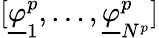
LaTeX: [\underline{{\varphi}}_{1}^{p},\dots,\underline{{\varphi}}_{N^{p}}^{p}]